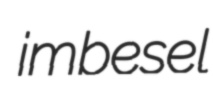
imbesel